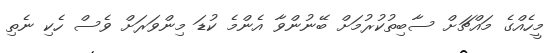
މީހެއްގެ މައްޗަށް ސާބިތުކުރުމަށް ބޭނުންވާ އެންމެ ކުޑަ މިންވަރަށް ވެސް ހެކި ނެތި